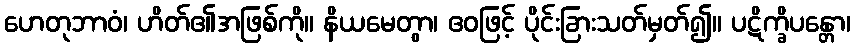
ဟေတုဘာဝံ၊ ဟိတ်၏အဖြစ်ကို။ နိယမေတွာ၊ ဧဝဖြင့် ပိုင်းခြားသတ်မှတ်၍။ ပဋိက္ခိပန္တော၊